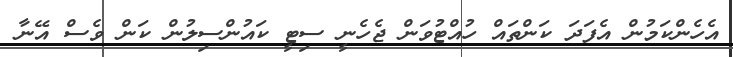
އެހެންކަމުން އެފަދަ ކަންތައް ހުއްޓުވަން ޖެހެނީ ސިޓީ ކައުންސިލުން ކަން ވެސް އޭނާ